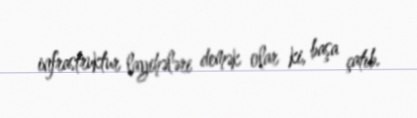
infrastruktur layihələri demək olar ki, başa çatıb.